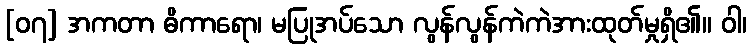
[၀၇] အကတာ ဓိကာရော၊ မပြုအပ်သော လွန်လွန်ကဲကဲအားထုတ်မှုရှိ၏။ ဝါ၊